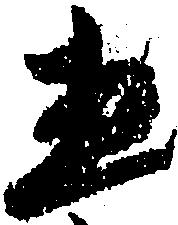
し